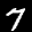
Label: 7